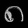
Digit: ၈